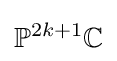
{\mathbb {P} }^{2k+1}{\mathbb {C} }